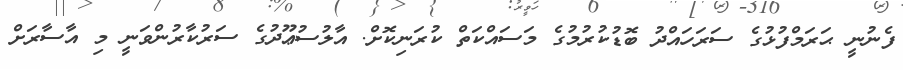
ފެނުނީ ޙަރަމްފުޅުގެ ސަރަހައްދު ބޮޑުކުރުމުގެ މަސައްކަތް ކުރަނިކޮށް. އާލުސުޢޫދުގެ ސަރުކާރުންވަނީ މި އާސާރަށް